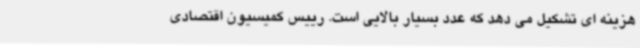
هزینه ای تشکیل می دهد که عدد بسیار بالایی است. رییس کمیسیون اقتصادی